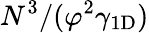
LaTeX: N^{3}/(\varphi^{2}\gamma_{\mathrm{1D}})